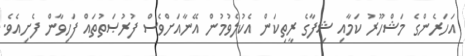
އަހަރެންގެ މަޝްހޫރު ކަމާއި ޝިފާގެ ރީތިކަން އެކުލެވުމުން އޭނާއަށްވެސް ފުރުޞަތުތައް ފަހިވާން ފެށިއެވެ.